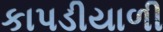
કાપડીયાળી